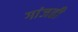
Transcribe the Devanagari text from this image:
गांजती